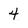
Character: 4